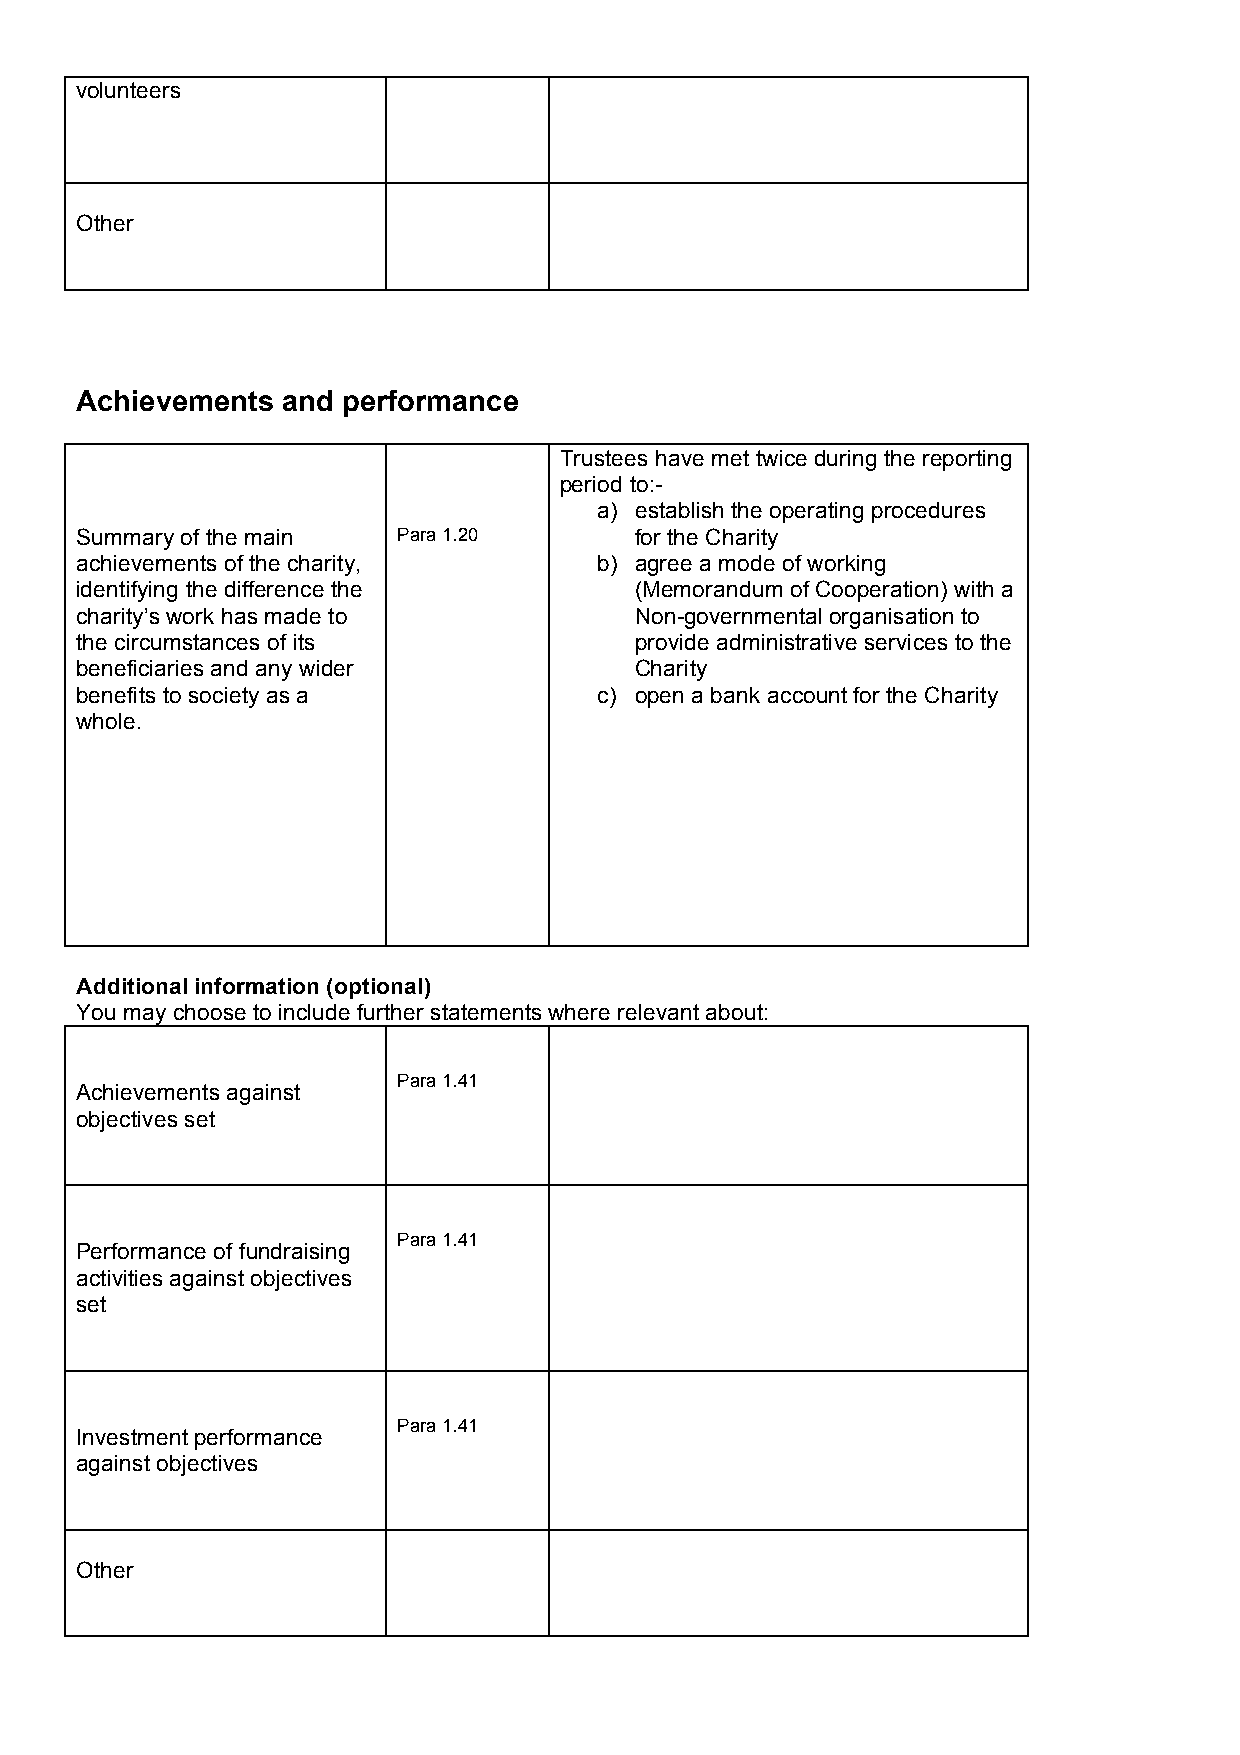
volunteers
 Other
 Achievements  and performance
 Trustees have met twice during the reporting
 period to:-
 a) establish the operating procedures
 Summary of the main  Para 1.20       for the Charity
 achievements of the charity,       b) agree a mode of working
 identifying the difference the       (Memorandum of Cooperation) with a
 charity’s work has made to           Non-governmental organisation to
 the circumstances of its             provide administrative services to the
 beneficiaries and any wider          Charity
 benefits to society as a           c) open a bank account for the Charity
 whole.
 Additional information (optional)
 You may choose to include further statements where relevant about:
 Para 1.41
 Achievements against
 objectives set
 Para 1.41
 Performance of fundraising
 activities against objectives
 set
 Para 1.41
 Investment performance
 against objectives
 Other